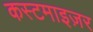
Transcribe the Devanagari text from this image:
कस्टमाइज़र